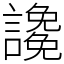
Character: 䜛